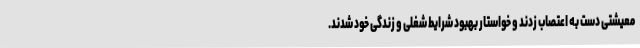
معیشتی دست به اعتصاب زدند و خواستار بهبود شرایط شغلی و زندگی خود شدند.